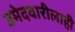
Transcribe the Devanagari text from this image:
उमेदवारीलाही